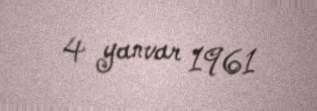
4 yanvar 1961